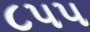
૮૫૫